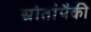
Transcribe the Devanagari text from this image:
स्रोतांपैकी